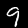
Digit: 9